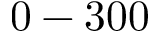
0 - 3 0 0